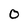
Character: 0